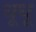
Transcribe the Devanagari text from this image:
धूधू